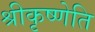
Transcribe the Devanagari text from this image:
श्रीकृष्णेति